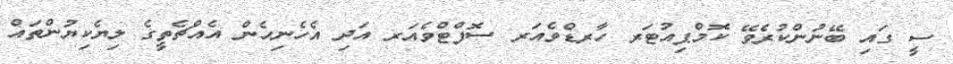
ސީ ގައި ބޭނުންކުރެވޭ ކޮމްޕިއުޓަރ ހާރޑްވެއަރ ސޮފްޓްވެއަރ އަދި އެހެނިހެން އެއްޗެތީގެ ލިޔެކިޔުންތައް